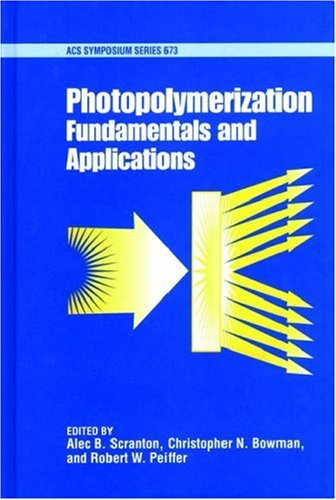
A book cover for Photopolymerization: Fundamentals and Applications (ACS Symposium Series); Science & Math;